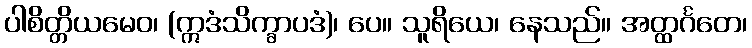
ပါစိတ္တိယမေဝ၊ (ဣဒံသိက္ခာပဒံ)၊ ပေ။ သူရိယေ၊ နေသည်။ အတ္ထင်္ဂတေ၊